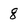
Character: 8